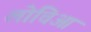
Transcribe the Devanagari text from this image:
लोचिआ